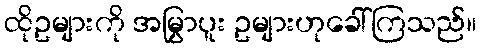
ထိုဥများကို အမြွှာပူး ဥများဟုခေါ်ကြသည်။